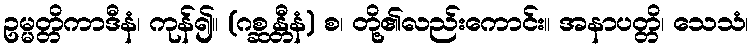
ဥမ္မတ္တိကာဒီနံ၊ ကုန်၍။ (ဂစ္ဆန္တီနံ) စ၊ တို့၏လည်းကောင်း။ အနာပတ္တိ၊ သေသံ၊